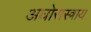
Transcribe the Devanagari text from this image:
अघोरास्त्राय